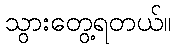
သွားတွေ့ရတယ်။